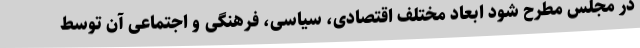
در مجلس مطرح شود ابعاد مختلف اقتصادی، سیاسی، فرهنگی و اجتماعی آن توسط